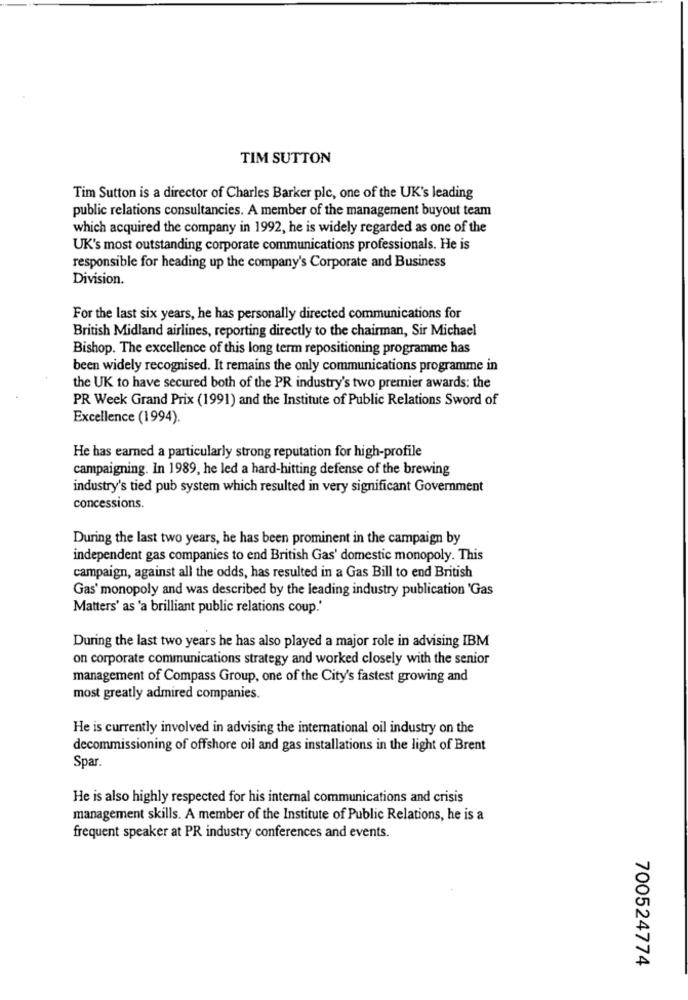
TIM SUTTON
Tim Sutton is a director of Charles Barker plc, one of the UK's leading
public relations consultancies. A member of the management buyout team
which acquired the company in 1992, he is widely regarded as one of the
UK's most outstanding corporate communications professionals. He is
responsible for heading up the company's Corporate and Business
Division.
For the last six years, he has personally directed communications for
British Midland airlines, reporting directly to the chairman, Sir Michael
Bishop. The excellence of this long term repositioning programme has
been widely recognised. It remains the only communications programme in
the UK to have secured both of the PR industry's two premier awards: the
PR Week Grand Prix (1991) and the Institute of Public Relations Sword of
Excellence (1994).
He has earned a particularly strong reputation for high-profile
campaigning. In 1989, he led a hard-hitting defense of the brewing
industry's tied pub system which resulted in very significant Government
concessions.
During the last two years, he has been prominent in the campaign by
independent gas companies to end British Gas' domestic monopoly. This
campaign, against all the odds, has resulted in a Gas Bill to end British
Gas' monopoly and was described by the leading industry publication 'Gas
Matters' as 'a brilliant public relations coup.
During the last two years he has also played a major role in advising IBM
on corporate communications strategy and worked closely with the senior
management of Compass Group, one of the City's fastest growing and
most greatly admired companies.
He is currently involved in advising the international oil industry on the
decommissioning of offshore oil and gas installations in the light of Brent
Spar.
He is also highly respected for his internal communications and crisis
management skills. A member of the Institute of Public Relations, he is a
frequent speaker at PR industry conferences and events.
700524774